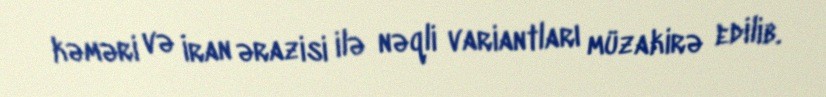
kəməri və İran ərazisi ilə nəqli variantları müzakirə edilib.